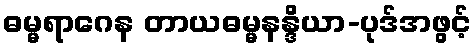
ဓမ္မရာဂေန တာယဓမ္မနန္ဒိယာ-ပုဒ်အဖွင့်